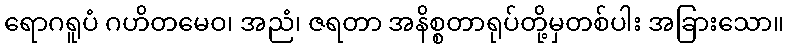
ရောဂရူပံ ဂဟိတမေဝ၊ အညံ၊ ဇရတာ အနိစ္စတာရုပ်တို့မှတစ်ပါး အခြားသော။